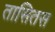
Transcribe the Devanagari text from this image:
तासितस